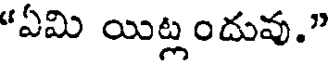
"ఏమి యిట్లందువు."